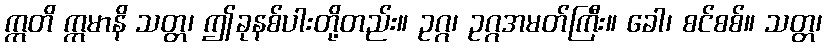
ဣတိ ဣမာနိ သတ္တ၊ ဤခုနစ်ပါးတို့တည်း။ ဥဂ္ဂ၊ ဥဂ္ဂအမတ်ကြီး။ ခေါ၊ စင်စစ်။ သတ္တ၊